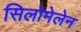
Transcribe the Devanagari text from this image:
सिलोमेलेन